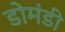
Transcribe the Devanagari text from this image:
डोमंडी